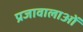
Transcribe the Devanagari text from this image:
प्रजावालाओं